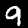
Label: 9